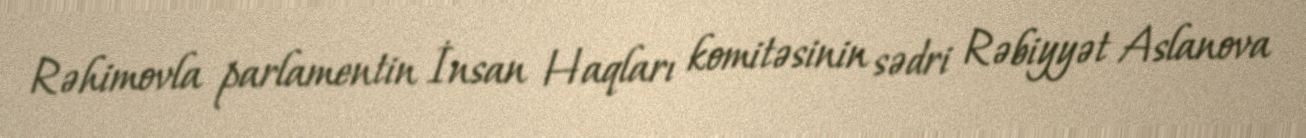
Rəhimovla parlamentin İnsan Haqları komitəsinin sədri Rəbiyyət Aslanova